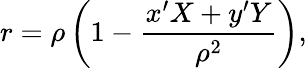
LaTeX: {r}=\rho\left(1-\frac{x^{\prime}X+y^{\prime}Y}{\rho^{2}}\right),